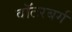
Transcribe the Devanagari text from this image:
वॉटरबर्ग